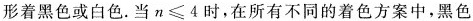
形着黑色或白色。当$$n\leqslant 4$$时，在所有不同的着色方案中，黑色